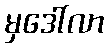
မှဒေါ်လာ